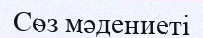
Сөз мәдениеті